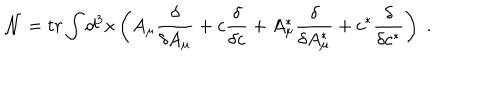
\mathcal { N } = t r \int d ^ { 3 } x \left( A _ { \mu } \frac \delta { \delta A _ { \mu } } + c \frac \delta { \delta c } + A _ { \mu } ^ { * } \frac \delta { \delta A _ { \mu } ^ { * } } + c ^ { * } \frac \delta { \delta c ^ { * } } \right) \; .